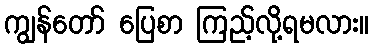
ကျွန်တော် ပြေစာ ကြည့်လို့ရမလား။